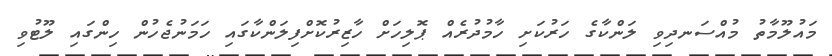
މައުލޫމާތު މުއްސަނދިވި ލަންކާގެ ހަރުކަށި ހާމުދުރެއް ޕޮލިހަށް ހާޒިރުކޮށްފިލަންކާގައި ހަމަނުޖެހުން ހިންގައި ލޫޓުވި